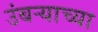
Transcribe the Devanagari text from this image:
उंबऱ्याच्या